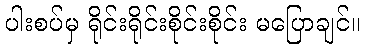
ပါးစပ်မှ ရိုင်းရိုင်းစိုင်းစိုင်း မပြောချင်။